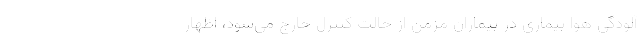
آلودگی هوا بیماری در بیماران مزمن از حالت کنترل خارج می‌شود، اظهار